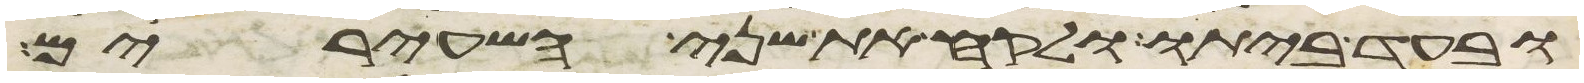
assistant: ובעד ביתו ולקח את שני השעירים